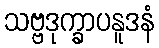
သဗ္ဗဒုက္ခာပနူဒနံ